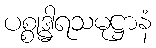
ပစ္စုဒ္ဓါရသမုဋ္ဌာနံ